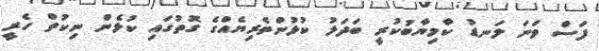
ފަސް ވަނަ ލަނޑު ކާމިޔާބުކުރީ ބަދަލު ކުޅުންތެރިޔެއްގެ ގޮތުގައި ކުޅެން ނިކުތް ހެރީ